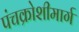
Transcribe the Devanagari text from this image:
पंचक्रोशीमार्ग